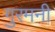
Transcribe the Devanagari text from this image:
गुरमनी